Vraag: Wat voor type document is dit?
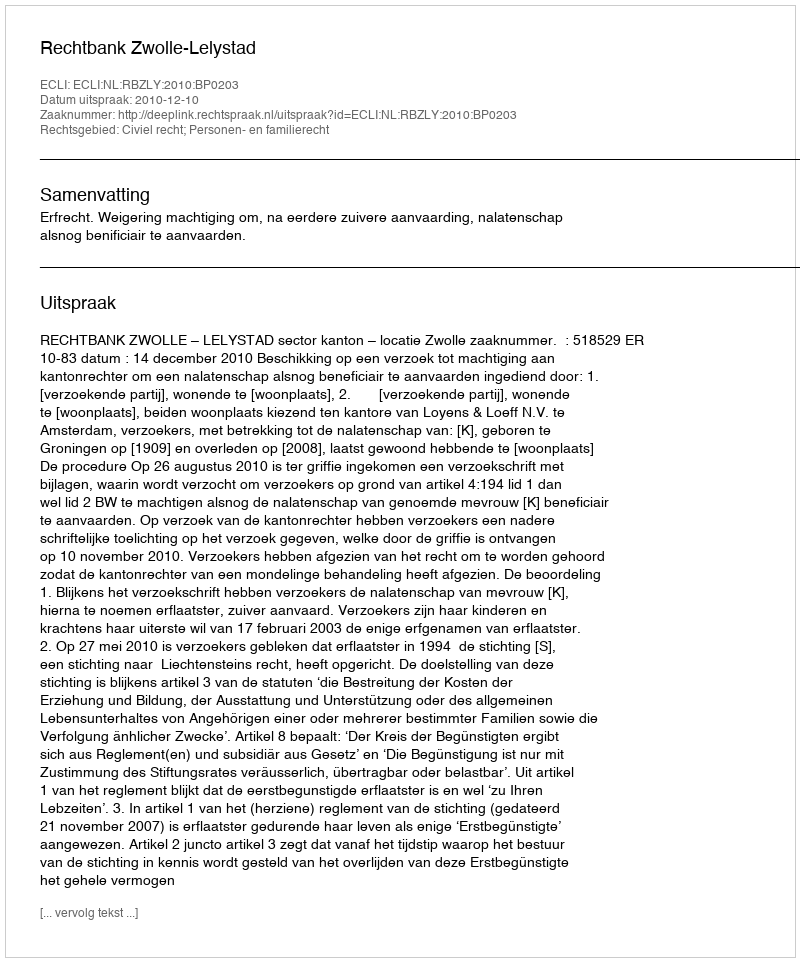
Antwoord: Uitspraak